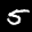
Label: 5